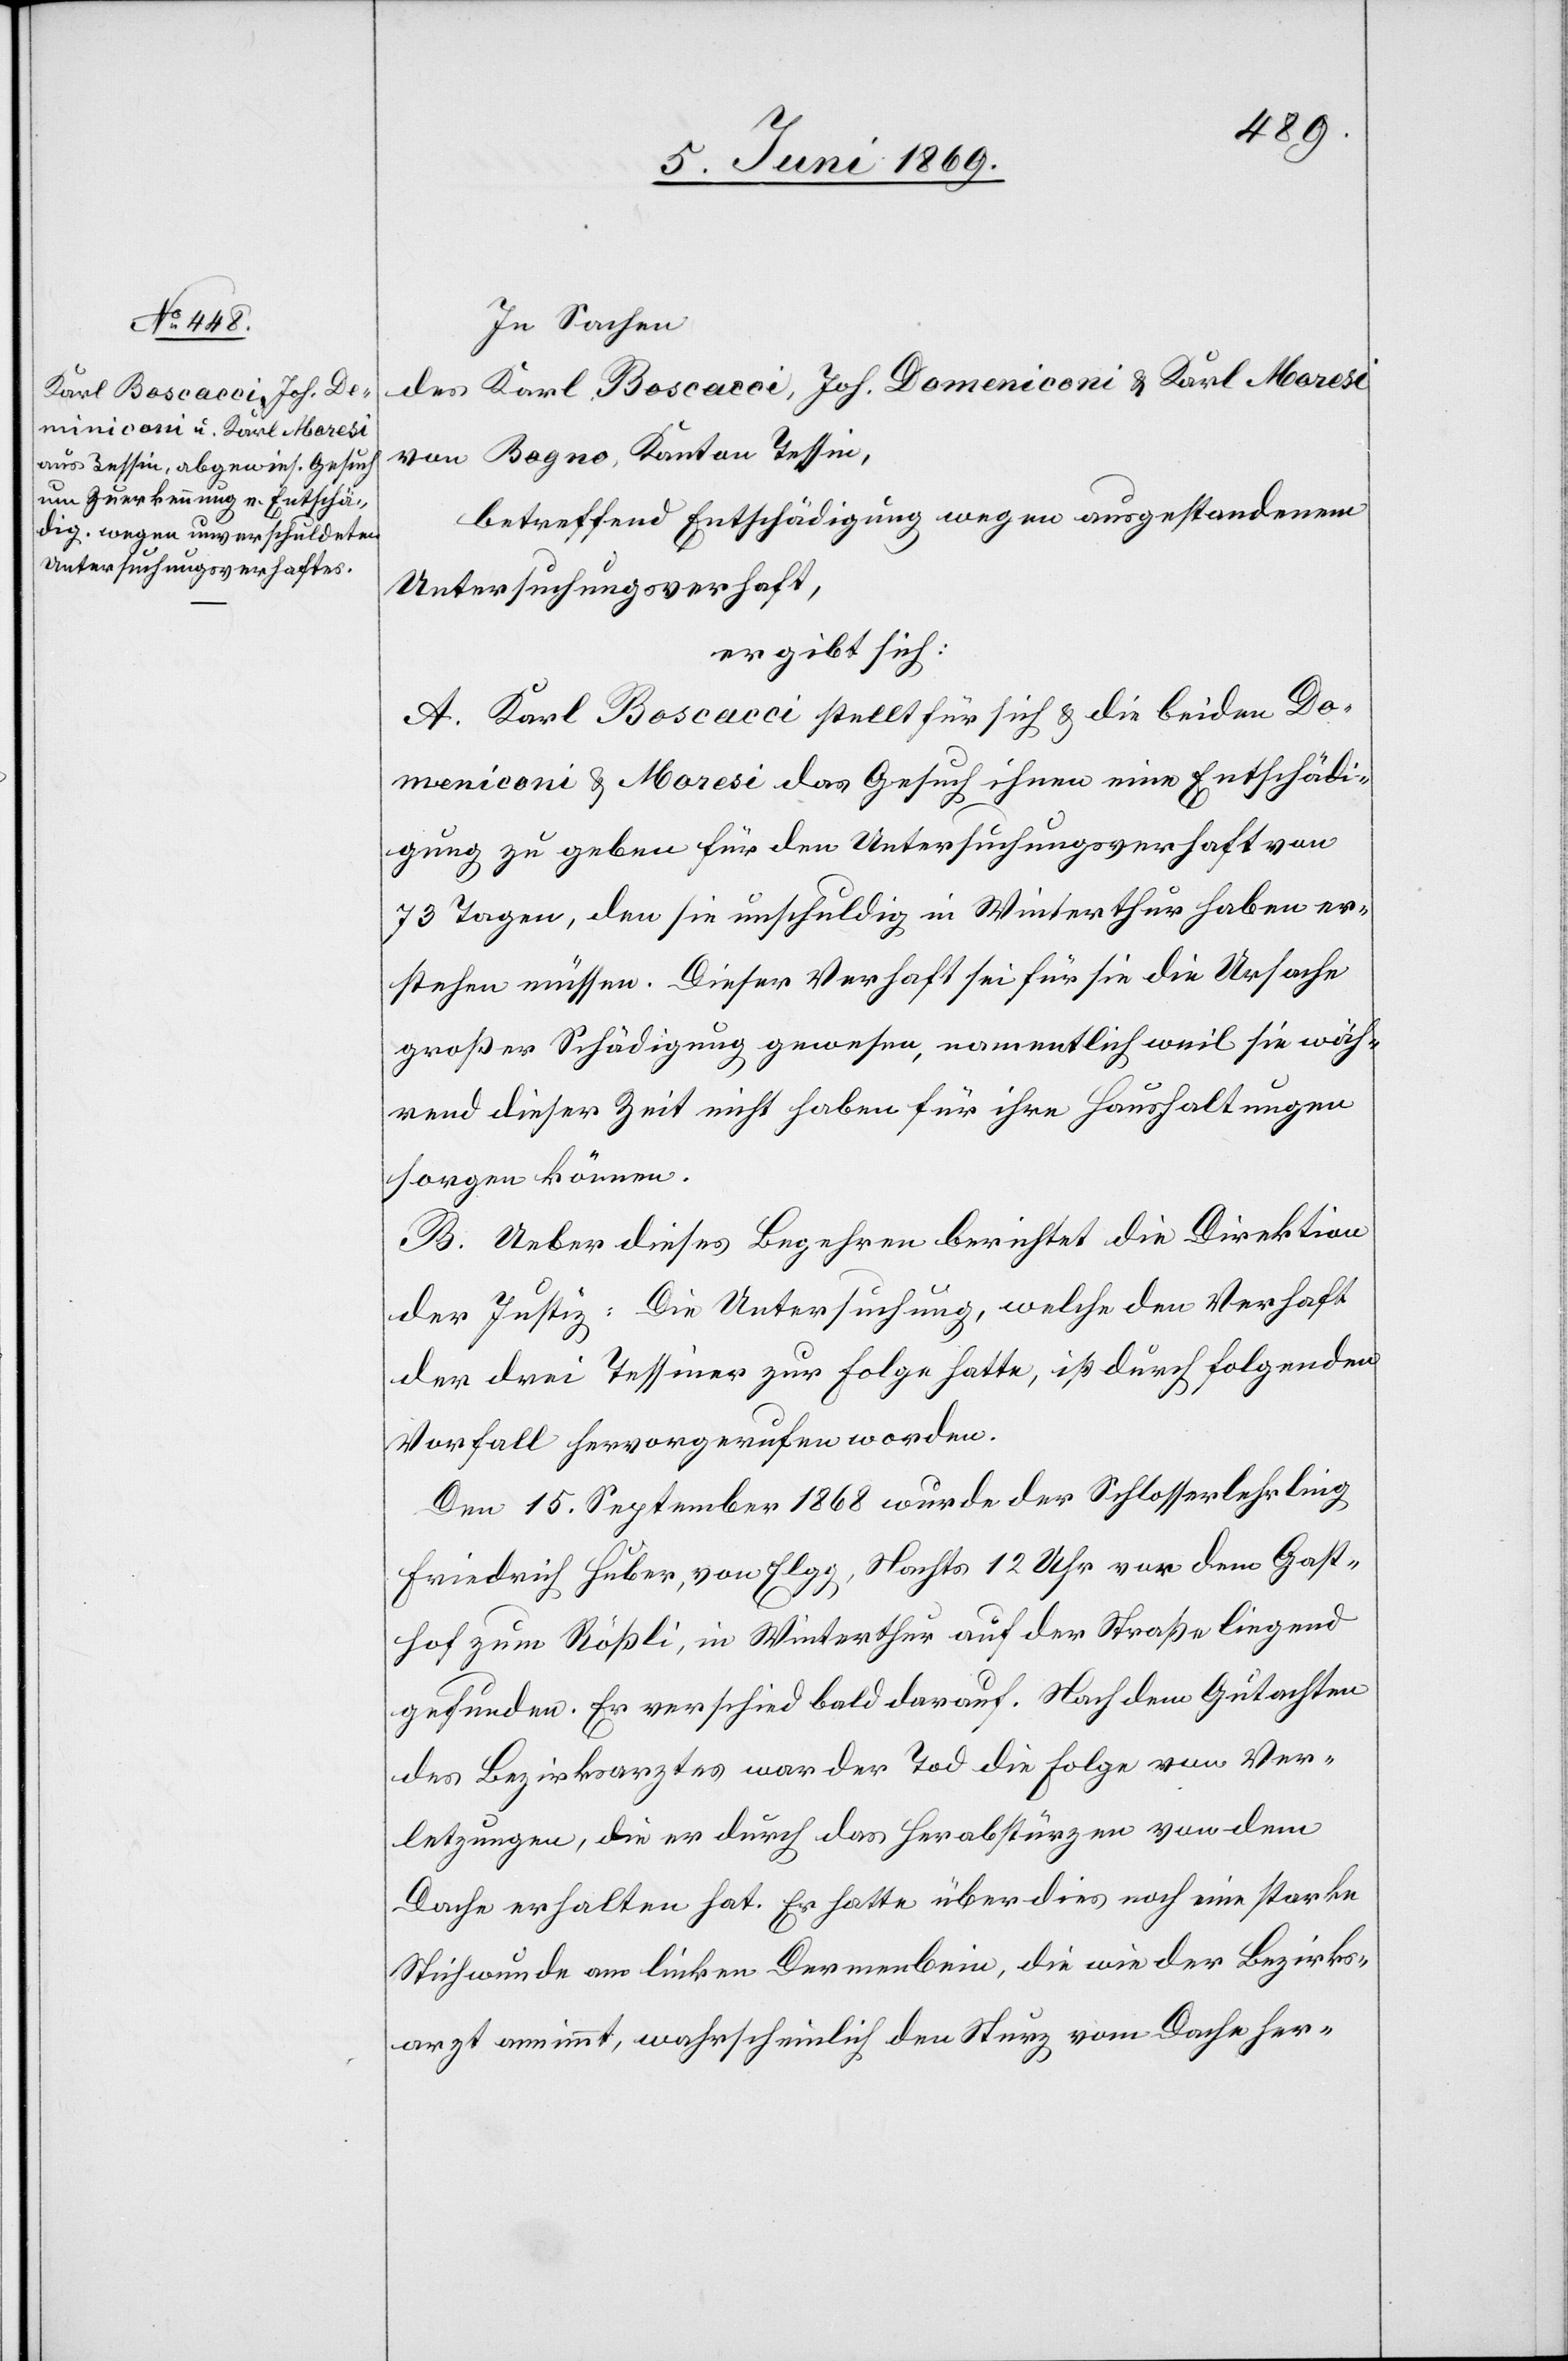
In Sachen
des Karl Boscacci, Joh. Domeniconi u. Karl Maresi
von Bogno, Kanton Tessin,
betreffend Entschädigung wegen ausgestandenem
Untersuchungsverhaft,
ergibt sich:
A. Karl Boscacci stellt für sich u. die beiden Do¬
meniconi u. Maresi das Gesuch ihnen eine Entschädi¬
gung zu geben für den Untersuchungsverhaft von
73 Tagen, den sie unschuldig in Winterthur haben er¬
stehen müssen. Dieser Verhaft sei für sie die Ursache
großer Schädigung gewesen, namentlich weil sie wäh¬
rend dieser Zeit nicht haben für ihre Haushaltungen
sorgen können.
B. Ueber dieses Begehren berichtet die Direktion
der Justiz: Die Untersuchung, welche den Verhaft
der drei Tessiner zur Folge hatte, ist durch folgenden
Vorfall hervorgerufen worden.
Den 15 September 1868 wurde der Schlosserlehrling
Friedrich Huber, von Elgg, Nachts 12 Uhr vor dem Gast¬
hof Rößli, in Winterthur auf der Straße liegend
gefunden. Er verschied bald darauf. Nach dem Gutachten
des Bezirksarztes war der Tod die Folge von Ver¬
letzungen, die er durch das Herabstürzen von dem
Dache erhalten hat. Er hatte überdies noch eine starke
Stichwunde am linken Dermenbein, die wie der Bezirks¬
arzt annimmt, wahrscheinlich den Sturz vom Dache her-